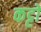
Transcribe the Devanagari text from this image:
कट्टो